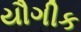
યૌગીક